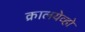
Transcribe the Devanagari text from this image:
क्रालयेव्हो